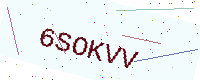
Text: 6SOKVV